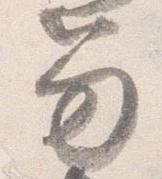
笏